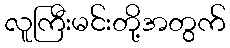
လူကြီးမင်းတို့အတွက်